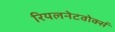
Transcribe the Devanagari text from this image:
रियलनेटवोर्क्स